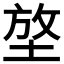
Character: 𡌼